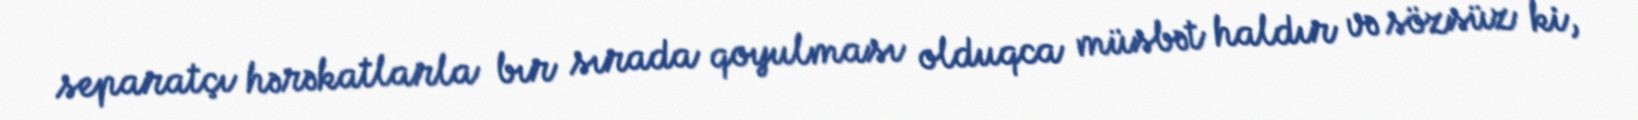
separatçı hərəkatlarla bır sırada qoyulması olduqca müsbət haldır və sözsüz ki,